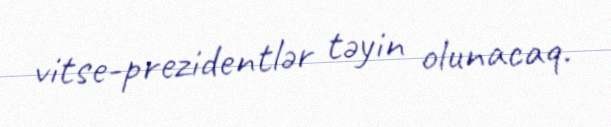
vitse-prezidentlər təyin olunacaq.